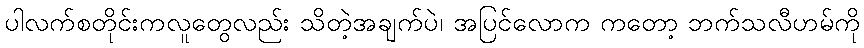
ပါလက်စတိုင်းကလူတွေလည်း သိတဲ့အချက်ပဲ၊ အပြင်လောက ကတော့ ဘက်သလီဟမ်ကို